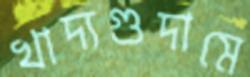
খাদ্যগুদামে